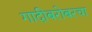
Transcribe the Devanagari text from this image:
गादीबरोबरचा